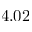
4 . 0 2